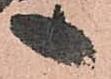
へ